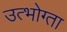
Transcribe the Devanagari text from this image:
उत्भोग्ता